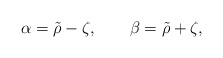
\begin{align*} \alpha=\tilde{\rho}-\zeta,\qquad\beta=\tilde{\rho}+\zeta,\end{align*}